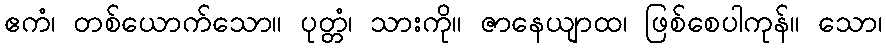
ဧကံ၊ တစ်ယောက်သော။ ပုတ္တံ၊ သားကို။ ဇာနေယျာထ၊ ဖြစ်စေပါကုန်။ သော၊